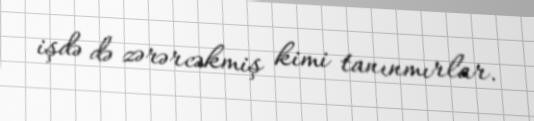
işdə də zərərcəkmiş kimi tanınmırlar.